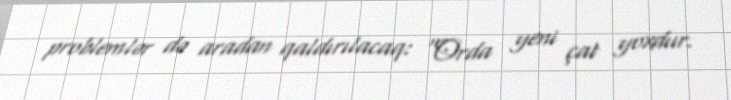
problemlər də aradan qaldırılacaq: “Orda yeni çat yoxdur.